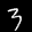
Label: 3